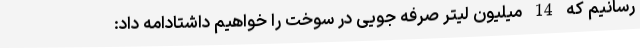
رسانیم که 14 میلیون لیتر صرفه جویی در سوخت را خواهیم داشتادامه داد: